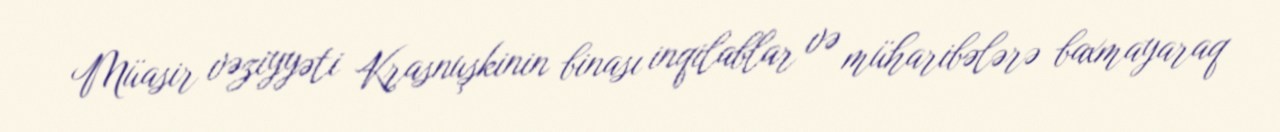
Müasir vəziyyəti Krasnuşkinin binası inqilablar və müharibələrə baxmayaraq